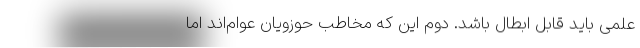
علمی باید قابل ابطال باشد. دوم این که مخاطب حوزویان عوام‌اند اما